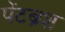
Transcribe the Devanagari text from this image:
पेंटब्रश